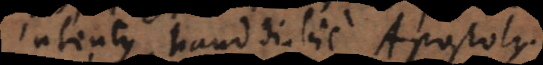
intentus haud dubie Apostolus.